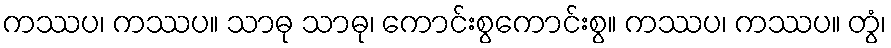
ကဿပ၊ ကဿပ။ သာဓု သာဓု၊ ကောင်းစွကောင်းစွ။ ကဿပ၊ ကဿပ။ တွံ၊